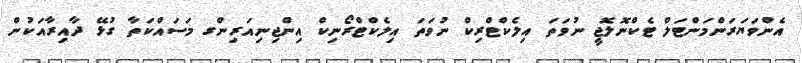
އެންވަޔަރަންމަންޓަލް ޓެކްނޮލޮޖީ ނުވަތަ އިލެކްޓްރިކް ނުވަތަ އިލެކްޓްރޯނިކް އިންޖިނިއަރިންގ މަސައްކަތާ ގުޅޭ ދާއިރާއަކުން